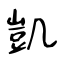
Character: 凱